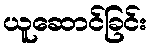
ယူဆောင်ခြင်း